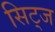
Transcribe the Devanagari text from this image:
सिट्ज